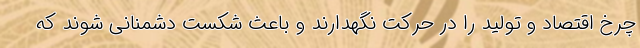
چرخ اقتصاد و تولید را در حرکت نگهدارند و باعث شکست دشمنانی شوند که